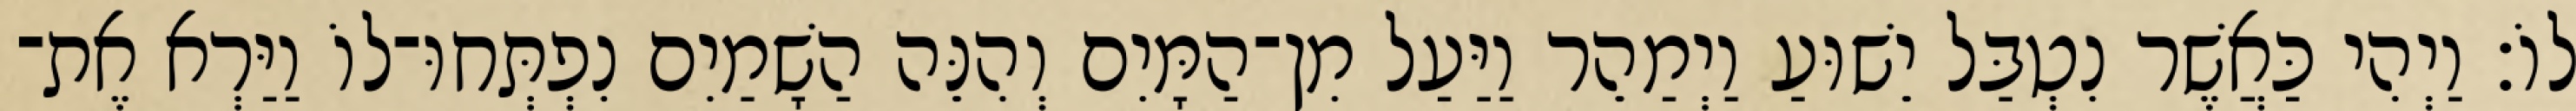
לוֹ׃ וַיְהִי כַּאֲשֶׁר נִטְבַּל יֵשׁוּעַ וַיְמַהֵר וַיַּעַל מִן־הַמָּיִם וְהִנֵּה הַשָׁמַיִם נִפְתְּחוּ־לוֹ וַיַּרְא אֶת־